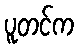
ပူတင်က